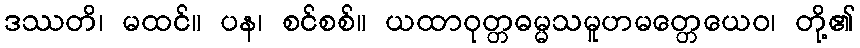
ဒဿတိ၊ မထင်။ ပန၊ စင်စစ်။ ယထာဝုတ္တဓမ္မသမူဟမတ္တေယေဝ၊ တို့၏